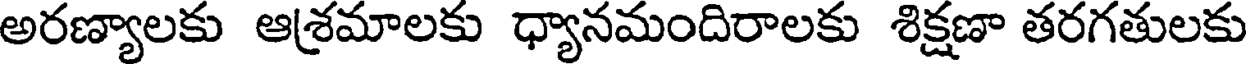
అరణ్యాలకు ఆశ్రమాలకు ధ్యానమందిరాలకు శిక్షణా తరగతులకు